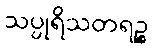
သပ္ပုရိသတရဉ္စ